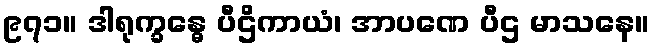
၉၇၁။ ဒါရုက္ခန္ဓေ ပီဌိကာယံ၊ အာပဏေ ပီဌ မာသနေ။